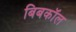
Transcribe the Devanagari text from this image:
बिबकॉल